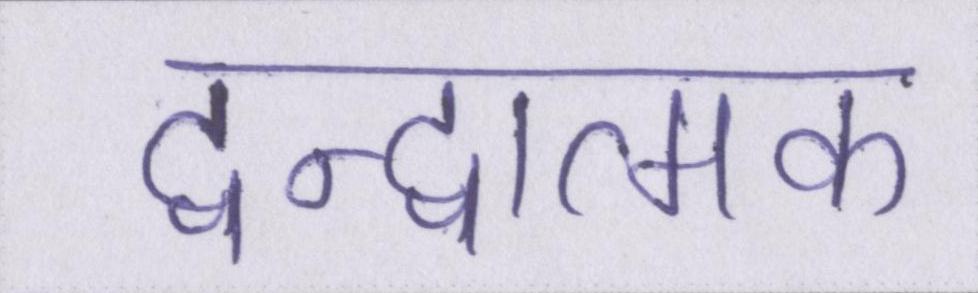
द्वन्द्वात्मक